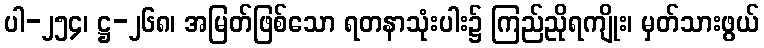
ပါ-၂၅၄၊ ဋ္ဌ-၂၆၈၊ အမြတ်ဖြစ်သော ရတနာသုံးပါး၌ ကြည်ညိုရကျိုး၊ မှတ်သားဖွယ်